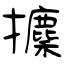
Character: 攗